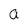
Character: a